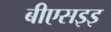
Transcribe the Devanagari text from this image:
बीएसइइ